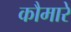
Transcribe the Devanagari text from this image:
कौमारे